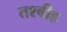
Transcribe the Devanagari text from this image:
तश्बीह